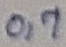
Text: 0,7